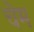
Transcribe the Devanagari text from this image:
चेम